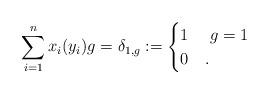
LaTeX: \begin{align*}\sum_{i=1}^n x_i(y_i)g=\delta_{1,g}:=\begin{cases}1& \ g=1\\0&.\end{cases}\end{align*}